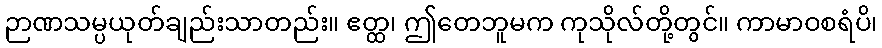
ဉာဏသမ္ပယုတ်ချည်းသာတည်း။ ဧတ္ထ၊ ဤတေဘူမက ကုသိုလ်တို့တွင်။ ကာမာဝစရံပိ၊